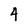
Character: 4